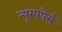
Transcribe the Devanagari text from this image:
न्यूस्पपेर्स